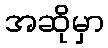
အဆိုမှာ